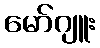
မော်ဂျူး